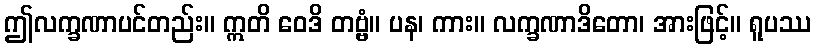
ဤလက္ခဏာပင်တည်း။ ဣတိ ဝေဒိ တဗ္ဗံ။ ပန၊ ကား။ လက္ခဏာဒိတော၊ အားဖြင့်။ ရူပဿ